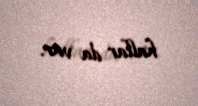
hallar da var.